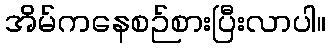
အိမ်ကနေစဉ်စားပြီးလာပါ။